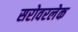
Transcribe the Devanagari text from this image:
सरोवरलेक